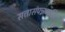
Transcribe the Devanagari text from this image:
सत्तासंपन्नव्यक्ति